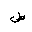
Letter: _sad